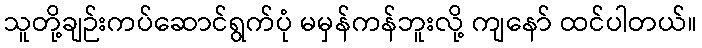
သူတို့ချဉ်းကပ်ဆောင်ရွက်ပုံ မမှန်ကန်ဘူးလို့ ကျနော် ထင်ပါတယ်။